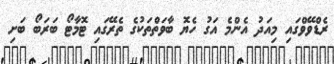
ރެޑްވޭވްގައި މިއަދު އެންމެ އަގު ހެޔޮ ބާވަތްތަކުގެ ތެރޭގައި ޓޮމާޓޯ ބަރަބޯ ބަށި